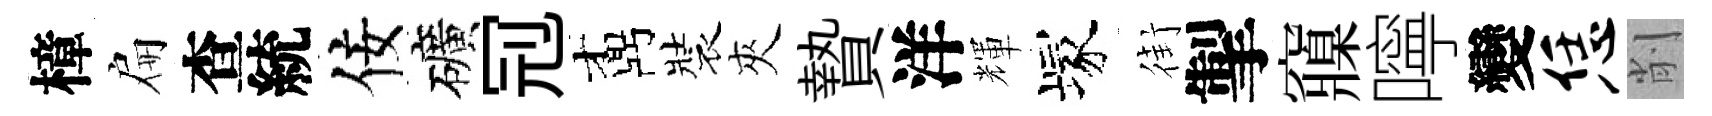
樟扁查統佞礦𠜍鼒裝夾贄洋輝塚街掣䆿嚀變恁削